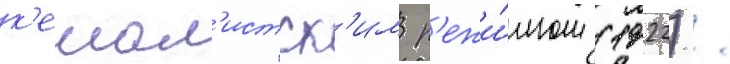
к'емал'истск'им р'ежи́мом (1922) /